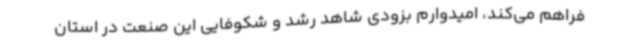
فراهم می‌کند، امیدوارم بزودی شاهد رشد و شکوفایی این صنعت در استان